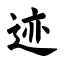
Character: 迹